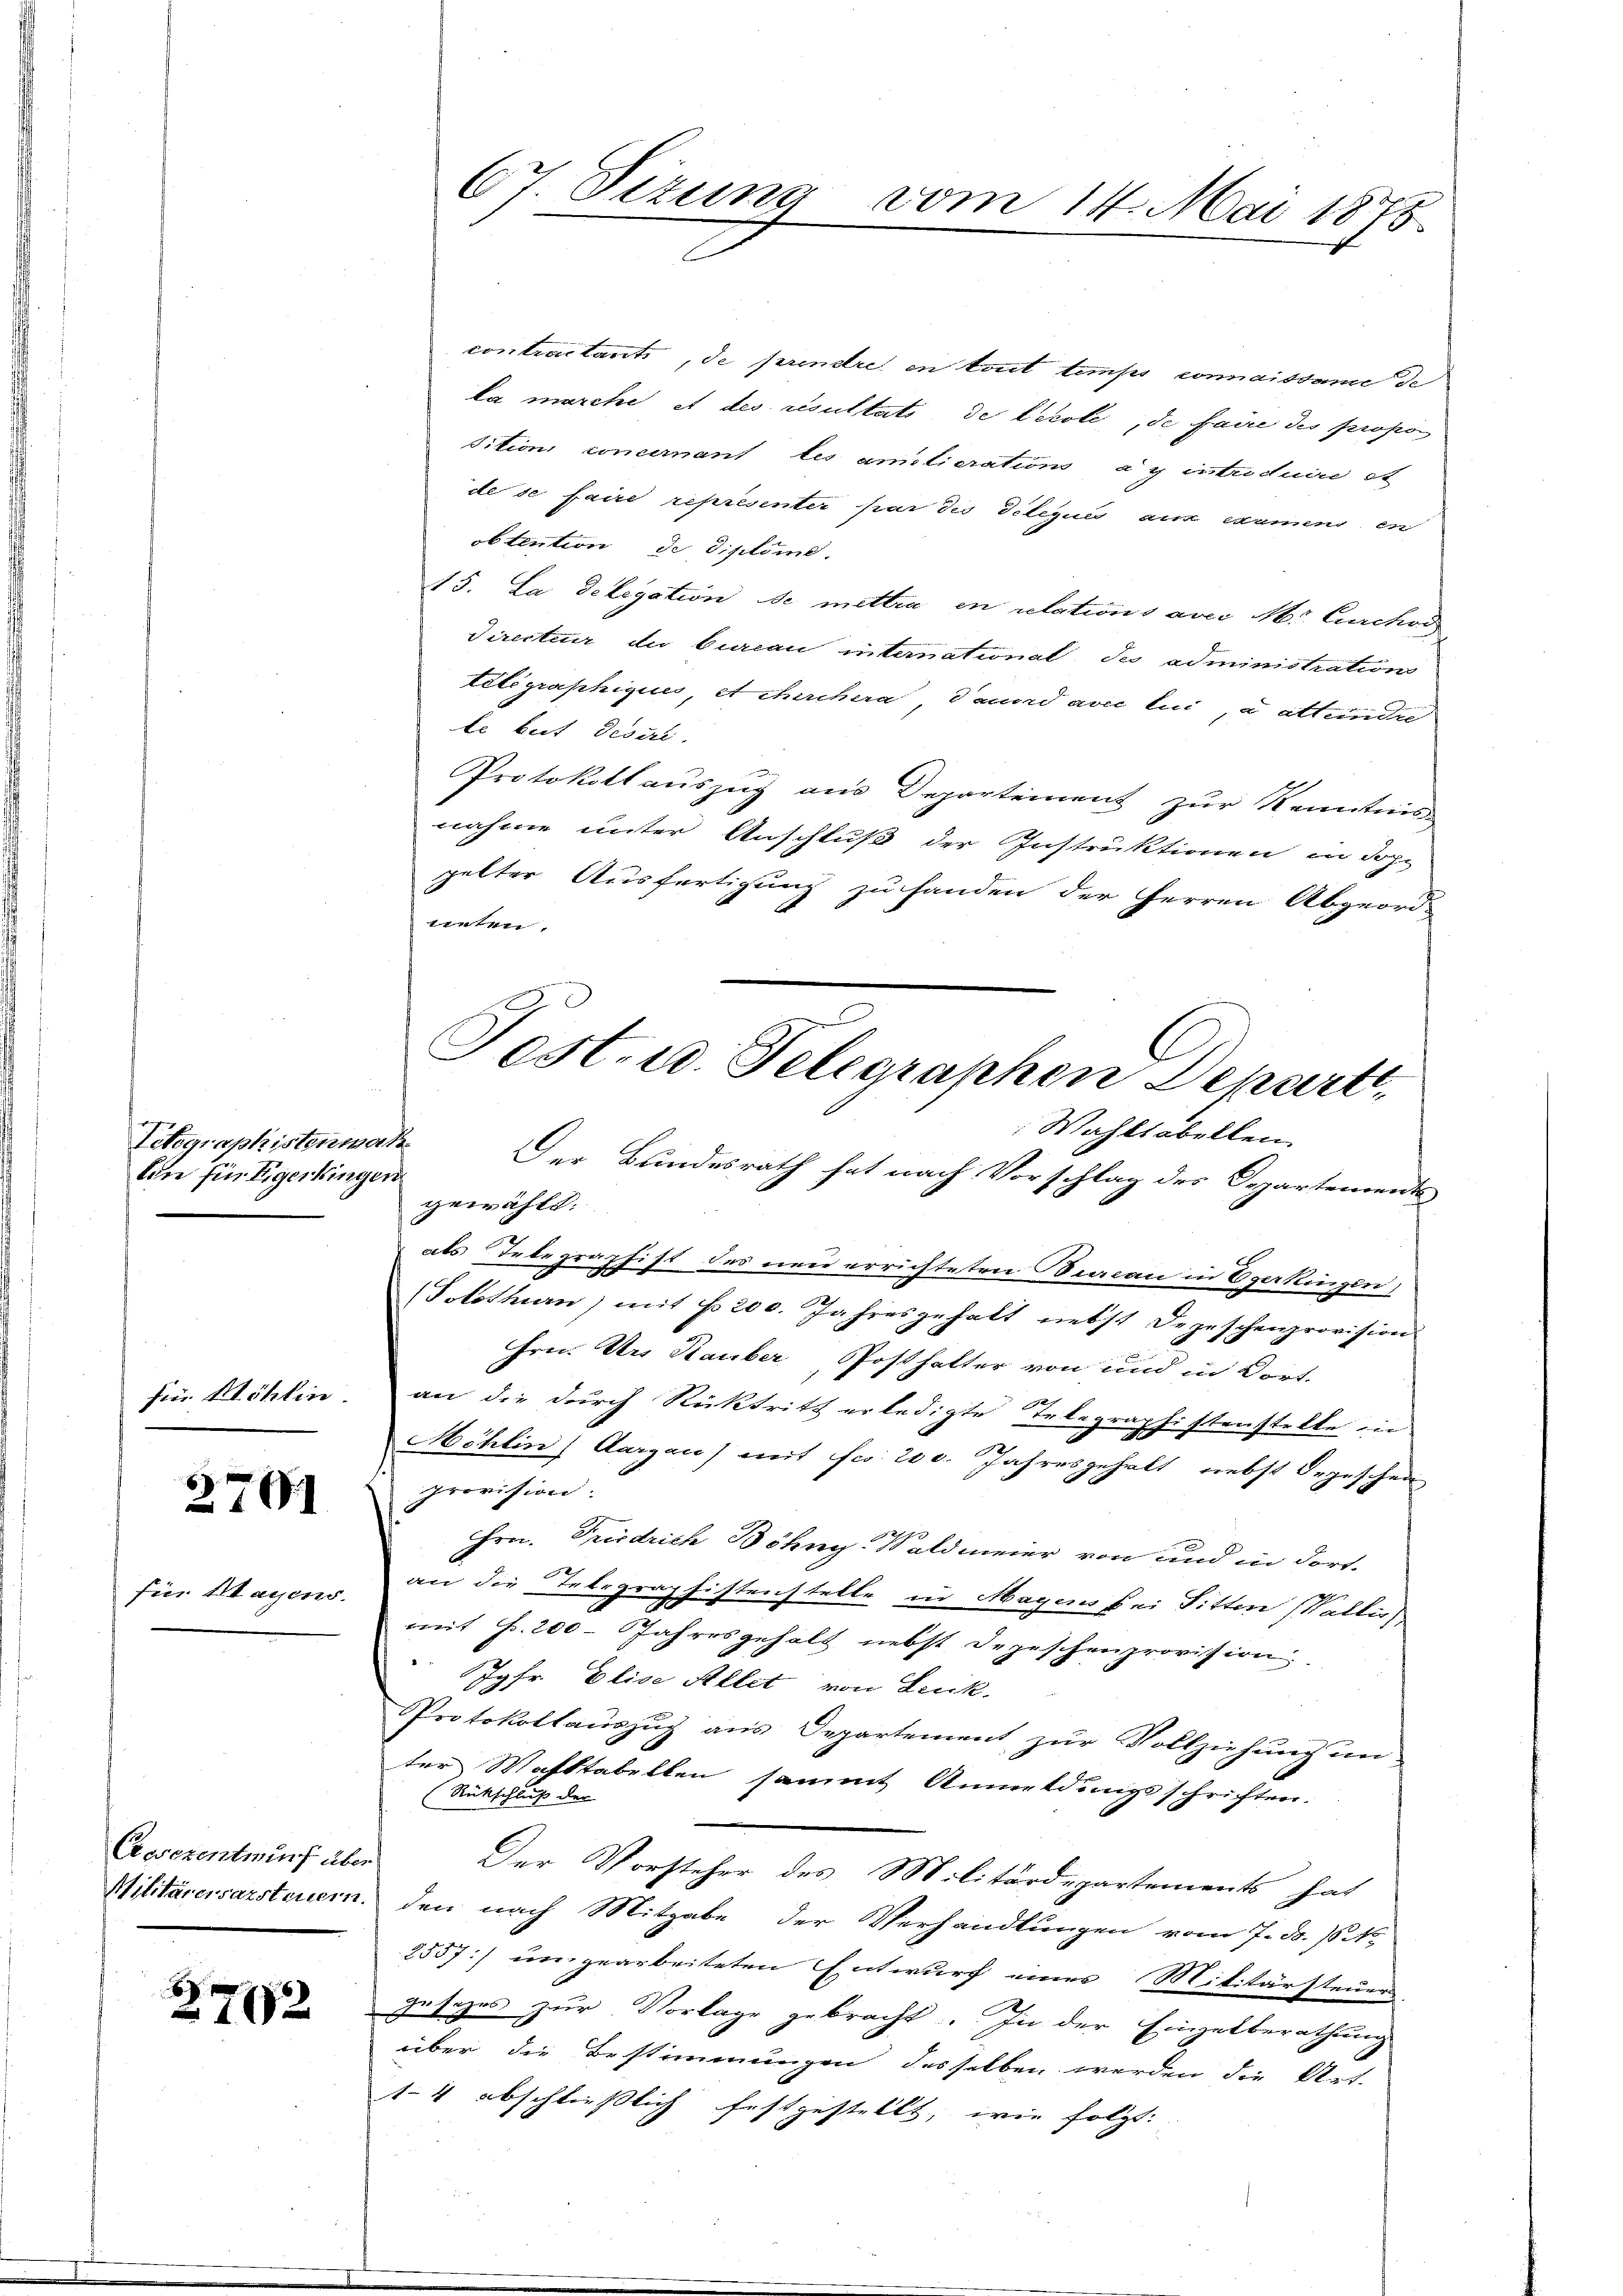
Titographistenwach
lin für Eigerkingen

fü Möhlin

2701

für Hagens.

Gesezentwurf über

27172

contractants, de prendre en tout temps connaissance de
ka marche et des résultat de lecole, de faire des propos
sition concernant les amotierations ay intriduire et
de se faire représenter par des Telegies aus examens en
obtention de Diplome.
15. La delegation de mettra en relations aver Mr. Curchod
directur du bureau intemational des administration
telegraphiques, et chirchera, Taud avec lui, a attendre
te beit desiri.
Protokollauszug aus Departement zur Kenntniss
nahme unter Anschluß der Instruktionen in dopp
pelter Ausfertigung zu handen der Herren Abgeord-
neten.
Wahlsabellen.
Der Bundesrath hat nach Vorschlag des Departements
gewählt.
als Telegraphist des neu errichteten Beacau in Egerkingen,
(Solothurn) mit fr. 200. Jahresgehalt nebst Depeschenprovision
Hrn. Urs Stauber, Posthalter von und in Dorf-
an die durch Rücktritt erledigte Telegraphistenstelle in
Möhlin) Aargau) mit Fr. 200. Jahresgehalt nebst Segeschen
provision.
Hrn. Friedrich Böhny-Waldmeier von und in dortb
an die Telegraphistenstelle in Magens bei Sitten (Wallis
mit Fr. 200 - Jahresgehalt nebst Depeschenprovision
Jgfr. Elise Allet von Leck.
Protokollauszug aus Departement zur Vollziehung im
ter Wahltabellen sammt Anmeldungsschriften.
(Rückschluß der
Der Vorsteher des Militärdepartements hat
Militärersarsteuern, den nach Mitgabe der Verhandlungen vom 7. d. 18. No.
2557:/ umgearbeiteten Entwurf eines Militärsteuer
Jesezes zur Vorlage gebracht. In der Einzetberathung
über die Bestimmungen desselben werden die Art.
14 abschließlich festgestellt, wie folgt:

67 Fizung
x

vom 14. Mai 1875.

Fest. u. Telegraphen Depart